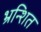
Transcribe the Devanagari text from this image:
भ्रन्शित